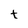
Character: t